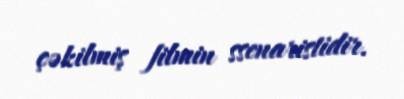
çəkilmiş filmin ssenaristidir.